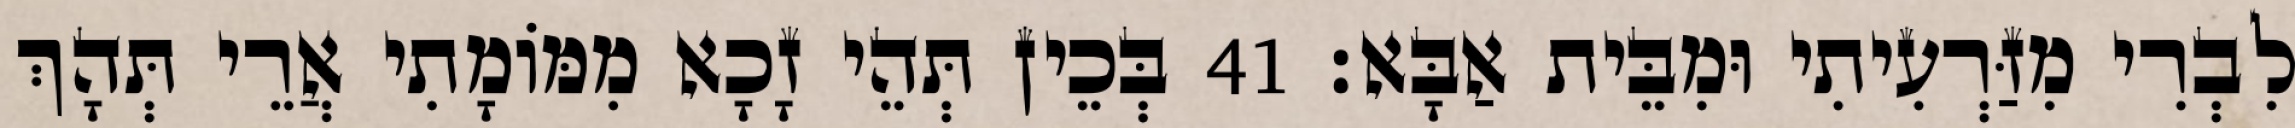
לִבְרִי מִזַּרְעִיתִי וּמִבֵּית אַבָּא׃ 41 בְּכֵין תְּהֵי זָכָא מִמּוֹמָתִי אֲרֵי תְּהָךְ